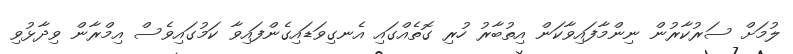
ލުމަށް ސަރުކާރުން ނިންމާފައިވާކަން އިތުބާރު ހުރި ގޮތެއްގައި އެނގިވަޑައިގެންފައިވާ ކަމުގައިވެސް އިމްރާން ވިދާޅުވި